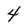
Character: 4